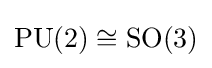
\mathrm {PU} (2)\cong \mathrm {SO} (3)